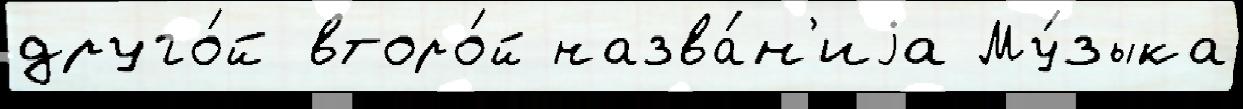
друго́й второ́й назва́н'иjа Му́зыка